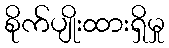
စိုက်ပျိုးထားရှိမှု